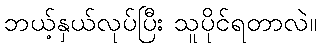
ဘယ့်နှယ်လုပ်ပြီး သူပိုင်ရတာလဲ။